Indian journal of veterinary science and animal husbandry - Volume 6,
Year: 1936
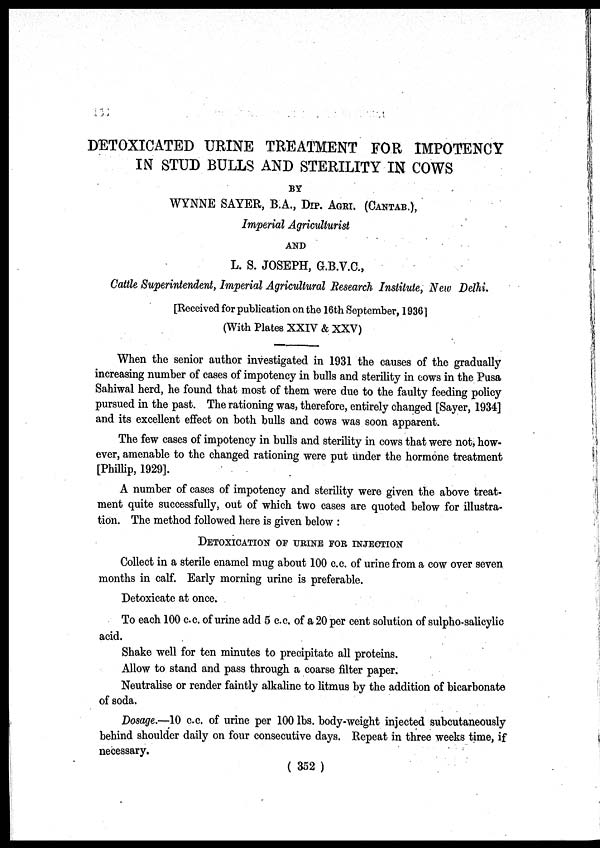
DETOXICATED URINE TREATMENT FOR IMPOTENCY
IN STUD BULLS AND STERILITY IN COWS
BY
WYNNE SAYER, B.A., DIP. AGRI. (CANTAB.),
Imperial Agriculturist
AND
L. S. JOSEPH, G.B.V.C.,
Cattle Superintendent, Imperial Agricultural Research Institute, New Delhi.
[Received for publication on the 16th September, 1936]
(With Plates XXIV & XXV)
When the senior author investigated in 1931 the causes of the gradually
increasing number of cases of impotency in bulls and sterility in cows in the Pusa
Sahiwal herd, he found that most of them were due to the faulty feeding policy
pursued in the past. The rationing was, therefore, entirely changed [Sayer, 1934]
and its excellent effect on both bulls and cows was soon apparent.
The few cases of impotency in bulls and sterility in cows that were not, how-
ever, amenable to the changed rationing were put under the hormone treatment
[Phillip, 1929].
A number of cases of impotency and sterility were given the above treat-
ment quite successfully, out of which two cases are quoted below for illustra-
tion. The method followed here is given below :
DETOXICATION OF URINE FOR INJECTION
Collect in a sterile enamel mug about 100 c.c. of urine from a cow over seven
months in calf. Early morning urine is preferable.
Detoxicate at once.
To each 100 c.c. of urine add 5 c.c. of a 20 per cent solution of sulpho-salicylic
acid.
Shake well for ten minutes to precipitate all proteins.
Allow to stand and pass through a coarse filter paper.
Neutralise or render faintly alkaline to litmus by the addition of bicarbonate
of soda.
Dosage.—10 c.c. of urine per 100 lbs. body-weight injected subcutaneously
behind shoulder daily on four consecutive days. Repeat in three weeks time, if
necessary.
( 352 )